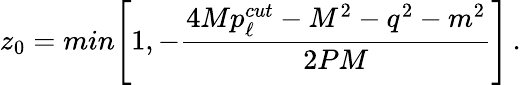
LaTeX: z_{0}=min\Bigg[1,-{\frac{4Mp_{\ell}^{cut}-M^{2}-q^{2}-m^{2}}{2PM}}\Bigg]\, .